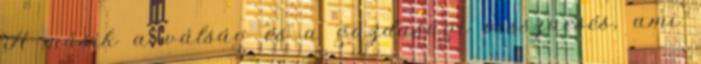
A másik a válság és a gazdasági visszaesés, ami